Vaccination in Burma 1900-1911 - 1900-1911
Year: 1900
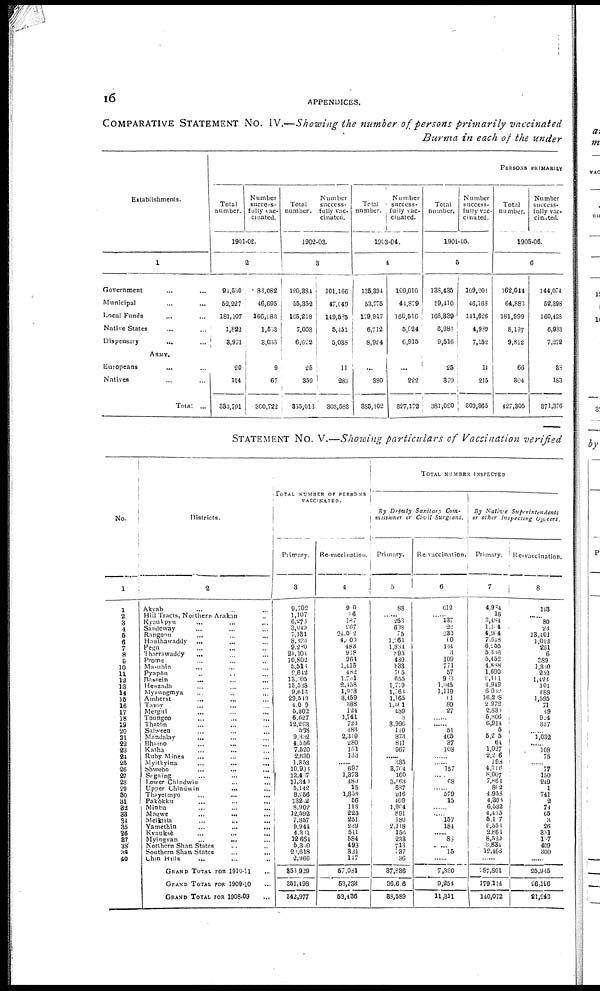
16
APPENDICES.
COMPARATIVE STATEMENT No. IV.—Showing the number of persons primarily vaccinated
Burma in each of the under
Establishments.
1
Government... ... ...
Municipal... ... ...
Local Funds... ... ...
Native States... ... ...
Dispensary... ... ...
ARMY.
Europeans
...
...
Natives... ...
Total ...
PERSONS PRIMARILY
Total
number.
Number
success-
fully vac-
cinated.
1901-02.
2
94,530
52,227
181,107
1,822
3,971
20
114
333,791
83,082
46,695
166,983
1,553
8,033
9
67
300,722
Total
number.
Number
success-
fully vac-
cinated.
1902-03.
3
120,381
55,352
165,218
7,053
6,622
25
359
335,013
101,166
47,049
149,585
5,451
5,038
11
283
303,583
Total
number.
Number
success-
fully vac-
cinated.
1903-04.
4
135,394
53,775
179,917
6,712
8,924
...
380
385,102
109,016
44,879
160,516
5,024
6,915
...
222
327,172
Total
number.
Number
success-
fully vac-
cinated.
1904-05.
5
138,435
59,410
166,839
6,983
9,516
25
379
381,090
109,201
46,168
141,626
4,939
7,152
14
215
309,365
Total
number.
Number
success-
fully vac-
cinated.
1905-06.
6
162,044
64,883
181,999
8,137
9,812
66
304
427,305
144,074
52,398
160,428
6,933
7,272
38
183
371,376
STATEMENT No. V.—Showing particulars of Vaccination verified
No.
1
1
2
3
4
5
6
7
8
9
10
11
12
13
14
15
16
17
18
19
20
21
22
23
24
25
26
27
28
29
30
31
32
33
34
35
36
37
38
39
40
Districts.
2
Akyab... ... ...
Hill Tracts, Northern Arakan... ... ...
Kyaukpyu... ... ...
Sandoway... ... ...
Rangoon... ... ...
Hanthawaddy... ... ...
Pegu... ...
Tharrawaddy... ...
Prome... ...
Ma-ubin... ...
Pyapôn... ... ...
Bassein... ... ...
Henzada... ... ...
Myaungmya... ...
Amherst... ... ...
Tavoy ... ...
Mergui... ...
Toungoo... ...
Thatôn... ...
Salween... ...
Mandalay... ...
Bhamo... ...
Katha... ...
Ruby Mines... ... ...
Myitkyina...
...
Shwebo...
...
Sagaing... ...
Lower Chindwin... ...
Upper
Chindwin...
...
Thayetmyo... ...
Pakôkku... ...
Minbu... ...
Magwe...
...
Meiktila... ...
Yamèthin... ...
Kvauksè...
...
Myingyan...
...
Northern Shan States... ...
Southern Shan
States...
...
Chin Hills... ...
GRAND TOTAL FOR 1910-11 ...
GRAND TOTAL FOR 1909-10 ...
GRAND TOTAL FOR 1908-09 ...
TOTAL NUMBER OF PERSONS
VACCINATED.
Primary.
3
9,702
1,107
6,273
3,049
7,181
8,323
9,280
21,104
10,802
5,513
2,642
13,105
15,538
9,613
29,549
4,009
5,302
6,627
12,283
538
9,332
4,556
7,520
2,630
1,353
10,938
12,467
11,340
5,142
8,266
132.2
8,902
12,592
7,857
9,941
4,311
12,664
6,350
20,618
2,966
853,929
351,498
342,977
Re-vaccination.
4
900
36
187
267
24,062
4,000
483
918
964
1,418
482
1,731
2,458
1,948
3,459
388
124
1,741
723
483
2,319
280
151
133
...... 697
1,373
480
15
1,858
56
113
225
251
239
511
584
493
321
117
57,081
53,233
53,436
TOTAL NUMBER INSPECTED
By Deputy Sanitary Com-
missioner or Civil
Surgeons.
Primary.
5
88
... 253
608
75
1,261
1,834
895
430
833
715
655
1,779
1,763
1,165
1,361
489
3
8,996
110
873
811
967
...
335
3,704
160
3,163
637
916
409
1,904
891
180
2,118
156
233
713
537
36
37,836
36,606
83,589
Re-vaccination.
6
612
...
137
22
282
00
134
3
109
771
57
933
1,045
1,119
01
89
27
...
...
51
405
37
108
...
...
157
... 68
...
579
15
...
...
157
184
...
83
... 15
...
7,330
9,254
11,311
By Native
Superintendents
or other Inspecting
Officers
Primary.
7
4,904
16
3,484
1,104
4,904
7,618
6,255
5,335
5,452
4,838
1,690
6,111 4,949
6,032
16,228
2,972
2,830
5,806
6,914
5
5,205
64
1,027
2,206
198
4,716
8,007
7,863
802
4,958
4,308
6,532
4,415
6,107
6,556
2,861
8,529
3,834
12,463
...
187,801
179,114
140,072
Re-vaccination.
8
143
......
80
23
13,401
1,012
261
6
389
1,330
232
1,423
101
638
1,595
71
49
924
337
...
1,032
...
108
75
...
77
150
249
1
741
2
74
65
3
26
331
187
409
300
......
25,945
26,196
21,242